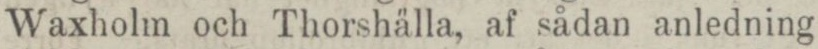
Waxholm och Thorshälla, af sådan anledning